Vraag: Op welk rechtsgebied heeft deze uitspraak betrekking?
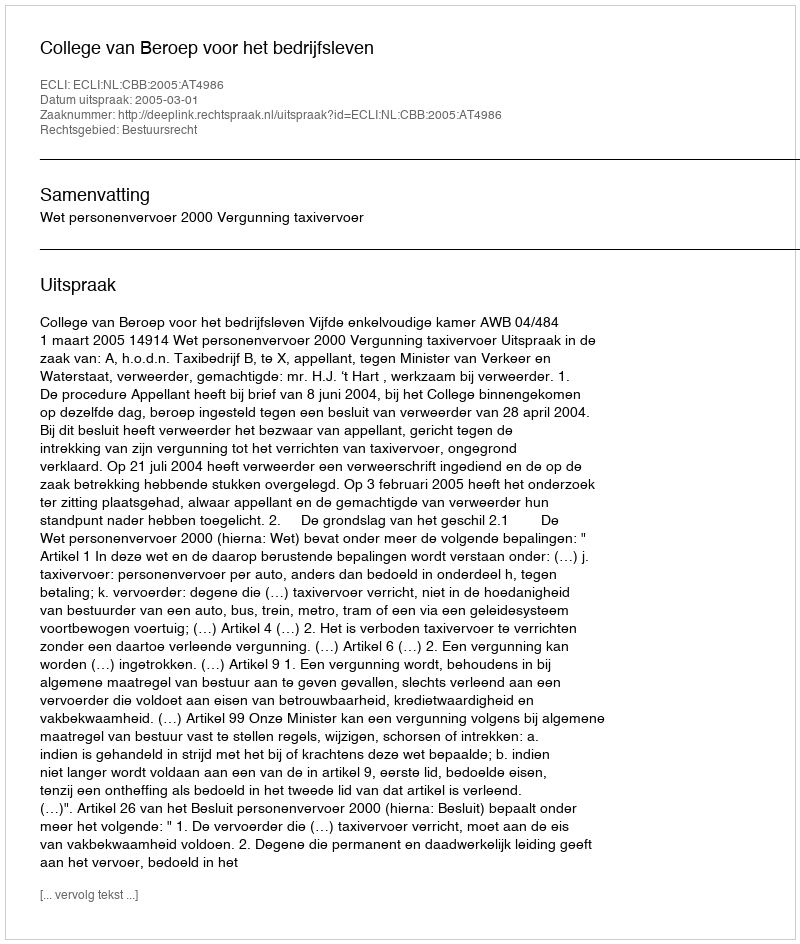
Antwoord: Bestuursrecht